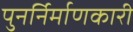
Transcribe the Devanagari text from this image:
पुनर्निर्माणकारी